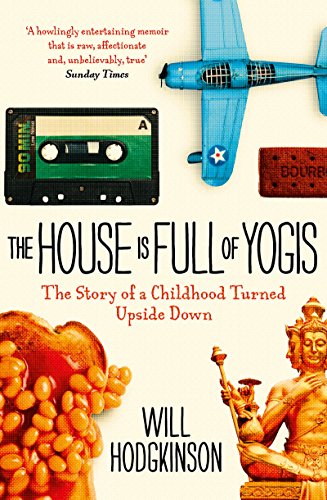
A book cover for The House is Full of Yogis; Will Hodgkinson; Parenting & Relationships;